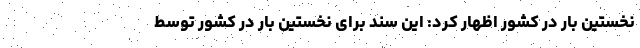
نخستین بار در کشور اظهار کرد: این سند برای نخستین بار در کشور توسط